Code of medical and sanitary regulations for the guidance of medical officers serving in the Madras Presidency - Volume II
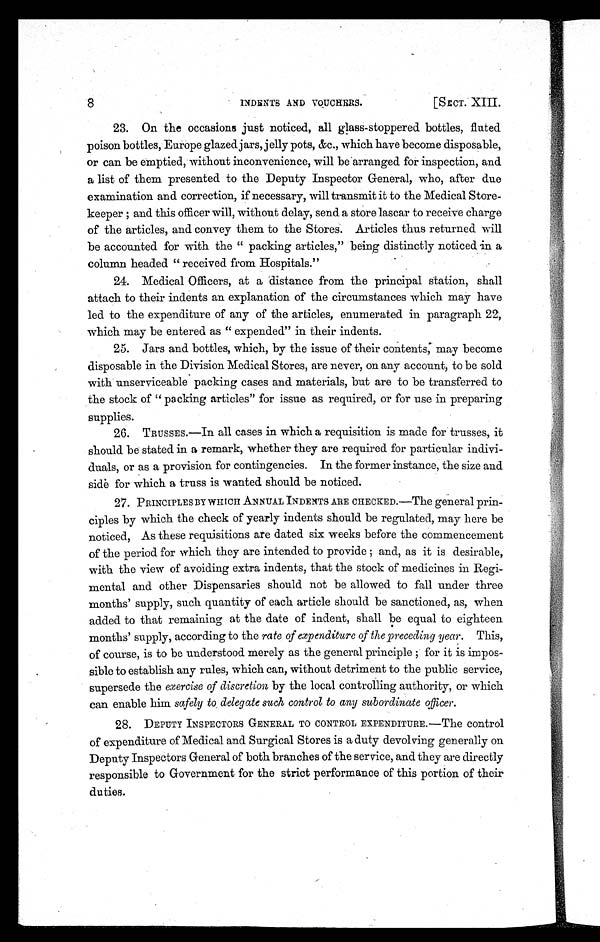
8
I N D E N T S A N D V O U C H E R S .
[ S E C T . X I I I .
23. On the occasions just noticed, all glass-stoppered. bottles, fluted
poison bottles, Europe glazed jars, jelly pots, &c., which have become disposable,
or can be emptied, without inconvenience, will be arranged for inspection, and
a list of them presented to the Deputy Inspector General, who, after due
examination and correction, if necessary, will transmit it to the Medical Store-
keeper ; and this officer will, without delay, send a store lascar to receive charge
of the articles, and convey them to the Stores. Articles thus returned will
be accounted for with the " packing articles," being distinctly noticed in a
column headed " received from Hospitals."
24. Medical Officers, at a distance from the principal station, shall
attach to their indents an explanation of the circumstances which may have
led to the expenditure of any of the articles, enumerated in paragraph 22,
which may be entered as " expended" in their indents.
25. Jars and bottles, which, by the issue of their contents, may become
disposable in the Division Medical Stores, are never, on any account, to be sold
with unserviceable packing cases and materials, but are to be transferred to
the stock of "packing articles" for issue as required, or for use in preparing
supplies.
26. TRUSSES.—In all cases in which a requisition is made for trusses, it
should be stated in a remark, whether they are required for particular indivi-
duals, or as a provision for contingencies. In the former instance, the size and
side for which a truss is wanted should be noticed.
27. PRINCIPLES BY WHICH ANNUAL INDENTS ARE CIIECKED.—The general prin-
ciples by which the check of yearly indents should be regulated, may here be
noticed, As these requisitions are dated six weeks before the commencement
of the period for which they are intended to provide ; and, as it is desirable,
with the view of avoiding extra indents, that the stock of medicines in Regi-
mental and other Dispensaries should not be allowed to fall under three
months' supply, such quantity of each article should be sanctioned, as, when
added to that remaining at the date of indent, shall be equal to eighteen
months' supply, according to the rate of expenditure of the preceding year. This,
of course, is to be understood merely as the general principle ; for it is impos-
sible to establish any rules, which can, without detriment to the public service,
supersede the exercise of discretion by the local controlling authority, or which
can enable him safely to delegate such control to any subordinate officer.
28. DEPUTY INSPECTORS GENERAL TO CONTROL EXPENDITURE.—The control
of expenditure of Medical and Surgical Stores is a duty devolving generally on
Deputy Inspectors General of both branches of the service, and they are directly
responsible to Government for the strict performance of this portion of their
duties.